system: You are a helpful assistant.
user:
Analyze the provided spectrum to determine if it is a **White Dwarf (WD)**.

A White Dwarf spectrum is defined by its **extreme purity** (due to gravitational settling) and/or **extreme pressure broadening** (due to high surface gravity). You must check for one of the following mutually exclusive signatures:

- **Key Visual Indicators (Check for ONE of these types):**

    - **1. DA-Type Signature (Most Common):**
        - **(Primary Feature):** Extreme pressure broadening (Stark broadening) of the **Hydrogen (H) Balmer lines**.
        - **(Key Lines):** $H\beta$ (approx. $4861$ Å) and $H\gamma$ (approx. $4340$ Å). $H\alpha$ (approx. $6563$ Å) will also be present if the wavelength range covers it.
        - **(Line Profile):** This is the **defining feature**. The lines are **NOT** sharp. They appear as massive, **extremely broad and deep "troughs" or "dips"** in the spectrum, often hundreds of Ångströms wide. The continuum will appear to "scoop" down at these wavelengths.
        - **(Distinction):** Normal A-type or B-type stars have *narrow* and *sharp* Hydrogen lines. A DA White Dwarf's lines are unmistakably "smeared" or "blurry" from pressure.

    - **2. DB-Type Signature:**
        - **(Primary Feature):** Broad absorption lines from **Neutral Helium (He I)**. The spectrum must lack any visible Hydrogen lines.
        - **(Key Lines):** Look for broad absorption near $4471$ Å, $4921$ Å, and $5876$ Å.
        - **(Line Profile):** These lines are also significantly pressure-broadened, appearing much wider than they would in a normal B-type main-sequence star.

    - **3. DC-Type Signature:**
        - **(Primary Feature):** A **featureless continuous spectrum**.
        - **(Line Profile):** The spectrum is a smooth curve with **no significant absorption or emission lines**.
        - **(Key Confirmation):** The continuum is almost always **blue or white**, indicating a hot object. This signature implies the atmosphere is so pure (or so cool) that no spectral lines are visible in the optical range. Its WD identity is confirmed by its extremely low intrinsic brightness (high absolute magnitude).

    - **4. DZ-Type Signature (Metal-Polluted):**
        - **(Primary Feature):** **Isolated, narrow metal absorption lines** on an otherwise featureless (DC-like) continuum.
        - **(Key Lines):** The **Calcium (Ca II) H & K doublet** (approx. **$3934$ Å** and **$3968$ Å**) is the most common and defining feature.
        - **(Line Profile):** These lines are "out of place." They are *not* part of a "forest" of thousands of lines. This signature is evidence of recent *accretion* (pollution) from rocky debris.
        - **(Distinction):** Normal G/K/M stars have a *dense forest* of thousands of metal lines. A DZ has a *clean* continuum with *only a few* strong metal lines.

    - **5. DQ-Type Signature (Carbon-Polluted):**
        - **(Primary Feature):** Absorption bands from **Carbon (C₂ "Swan Bands" or atomic C I)**.
        - **(Key Lines - C₂):** Look for bandheads with a "saw-tooth" shape near $5635$ Å, **$5165$ Å** (strongest), and $4737$ Å.
        - **(Key Confirmation):** The underlying **continuum must be blue or white** (hot).
        - **(Distinction):** This is the critical difference from a **Carbon Star**, which has the *exact same* C₂ bands but on an extremely **red, cool** continuum.

- **(Overall Spectrum):**
    - The continuum (overall shape) is typically **blue-sloping** (brighter in the blue than the red), as most white dwarfs are very hot.
    - The spectrum will look "pure" or "simple," dominated by only *one* of the five signatures listed above.

Think first, call **spectral_visualization_tool** if needed to examine features in detail, then provide your final answer. Your response must adhere to the following strict rules:
1.  **Overall Structure:** Your response must follow the format `<think>...</think> <tool_call>...</tool_call> (if a tool is used) <answer>...</answer>`.
2.  **Tool Usage Constraint:** You may only make **one** tool call per turn.
3.  **Final Answer Format:** In the `<answer>` tag, your conclusion must be inside a `\boxed{}` command (e.g., `\boxed{YES}` or `\boxed{NO}`), followed by your justification.

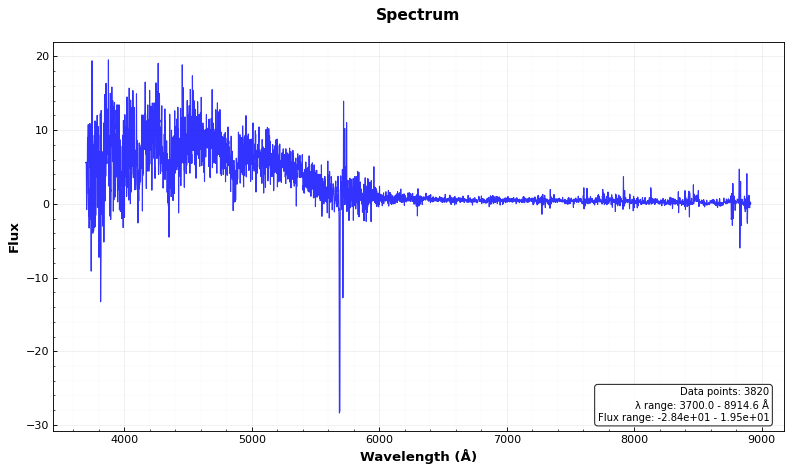
Answer: YES